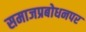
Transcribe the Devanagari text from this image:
समाजप्रबोधनपर